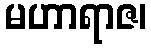
မဟာရာဇ၊